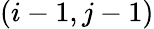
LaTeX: (i-1,j-1)